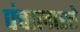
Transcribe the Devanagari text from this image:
पंचालास्ते